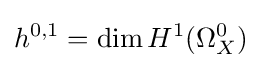
h^{0,1}=\dim H^{1}(\Omega _{X}^{0})